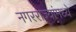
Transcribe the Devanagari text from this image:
नगरराज्यांमध्ये